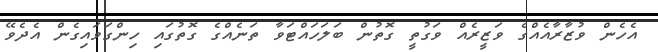
އެހެން ވުޒާރާއެއްގެ ވަޒީރެއް ވަގުތީ ގޮތުން ބަލަހައްޓަވާ ތަނެއްގެ ގޮތުގައި ހިންގަވައިގެން އެދެވޭ